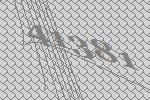
41381